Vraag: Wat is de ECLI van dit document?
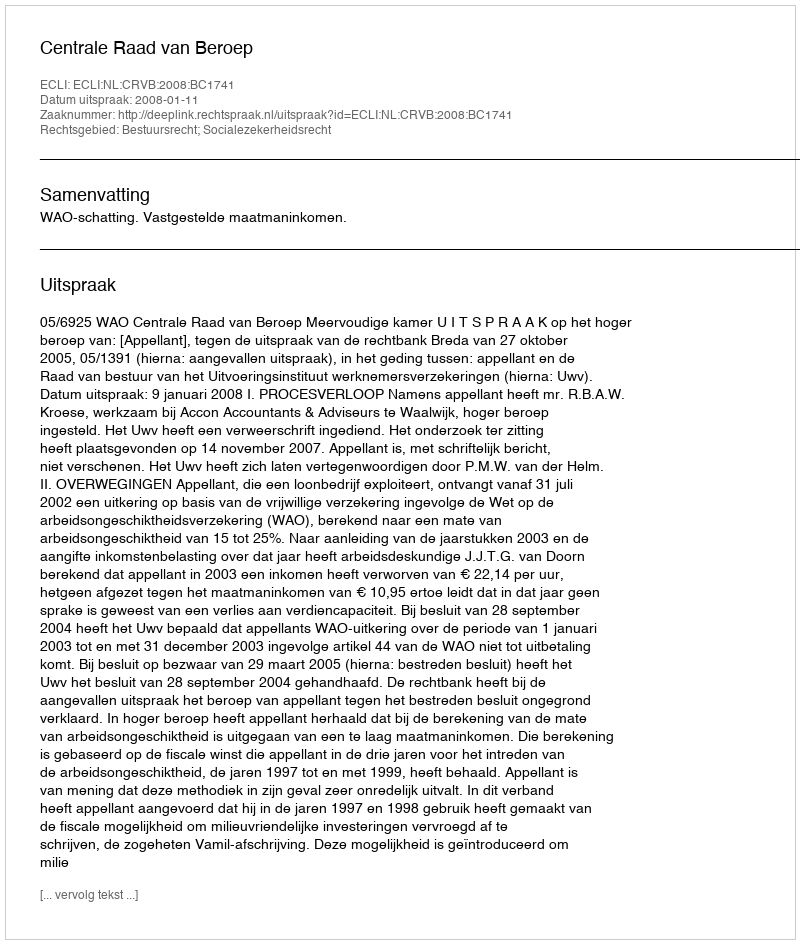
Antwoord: ECLI:NL:CRVB:2008:BC1741